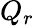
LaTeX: Q_{r}